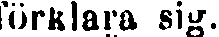
förklara sig.